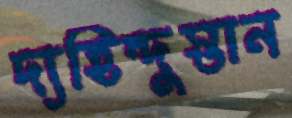
দ্যহিন্দুস্তান